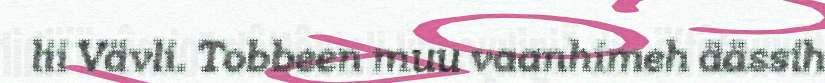
lii Vävli. Tobbeen muu vaanhimeh äässih